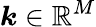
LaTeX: \boldsymbol{k}\in\mathbb{R}^{M}